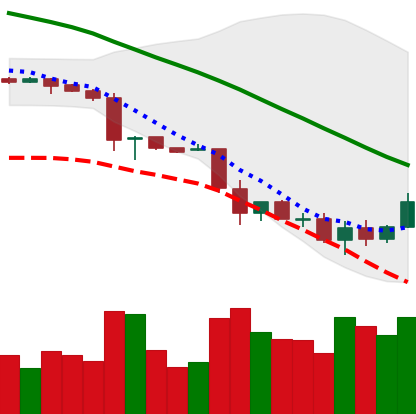
Ticker: LTC-USD
Chart end date: 2018-11-28
Forward return: -10.263%
Label: down_7plus